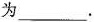
为___。